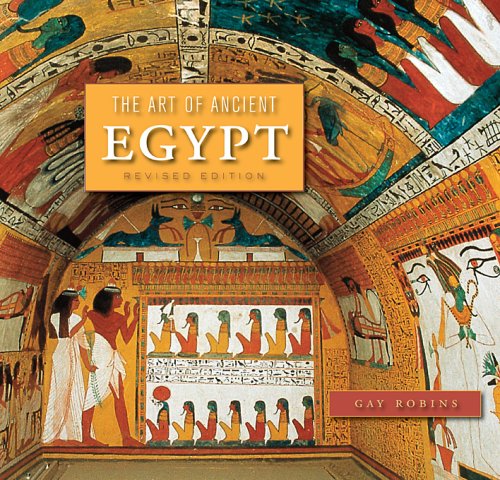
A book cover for The Art of Ancient Egypt: Revised Edition; Gay Robins; History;